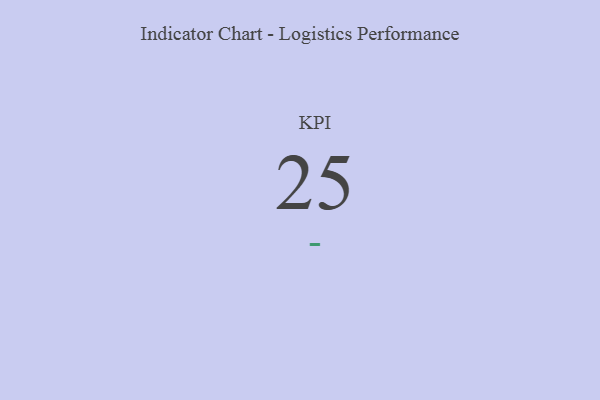
{"axis": {"x": "KPI", "y": "Value"}, "legend": [""], "data": [{"x": "KPI", "y": 25, "type": ""}]}